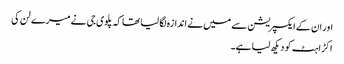
اور ان کے ایکسپریشن سے میں نے اندازہ لگا لیا تھا کہ پلوی جی نے میرے لن کی
اکڑاہٹ کو دیکھ لیا ہے۔